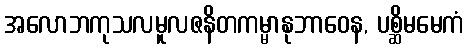
အလောဘကုသလမူလဇနိတကမ္မာနုဘာဝေန, ပစ္ဆိမမေကံ